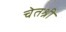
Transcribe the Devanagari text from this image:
चेतश्री